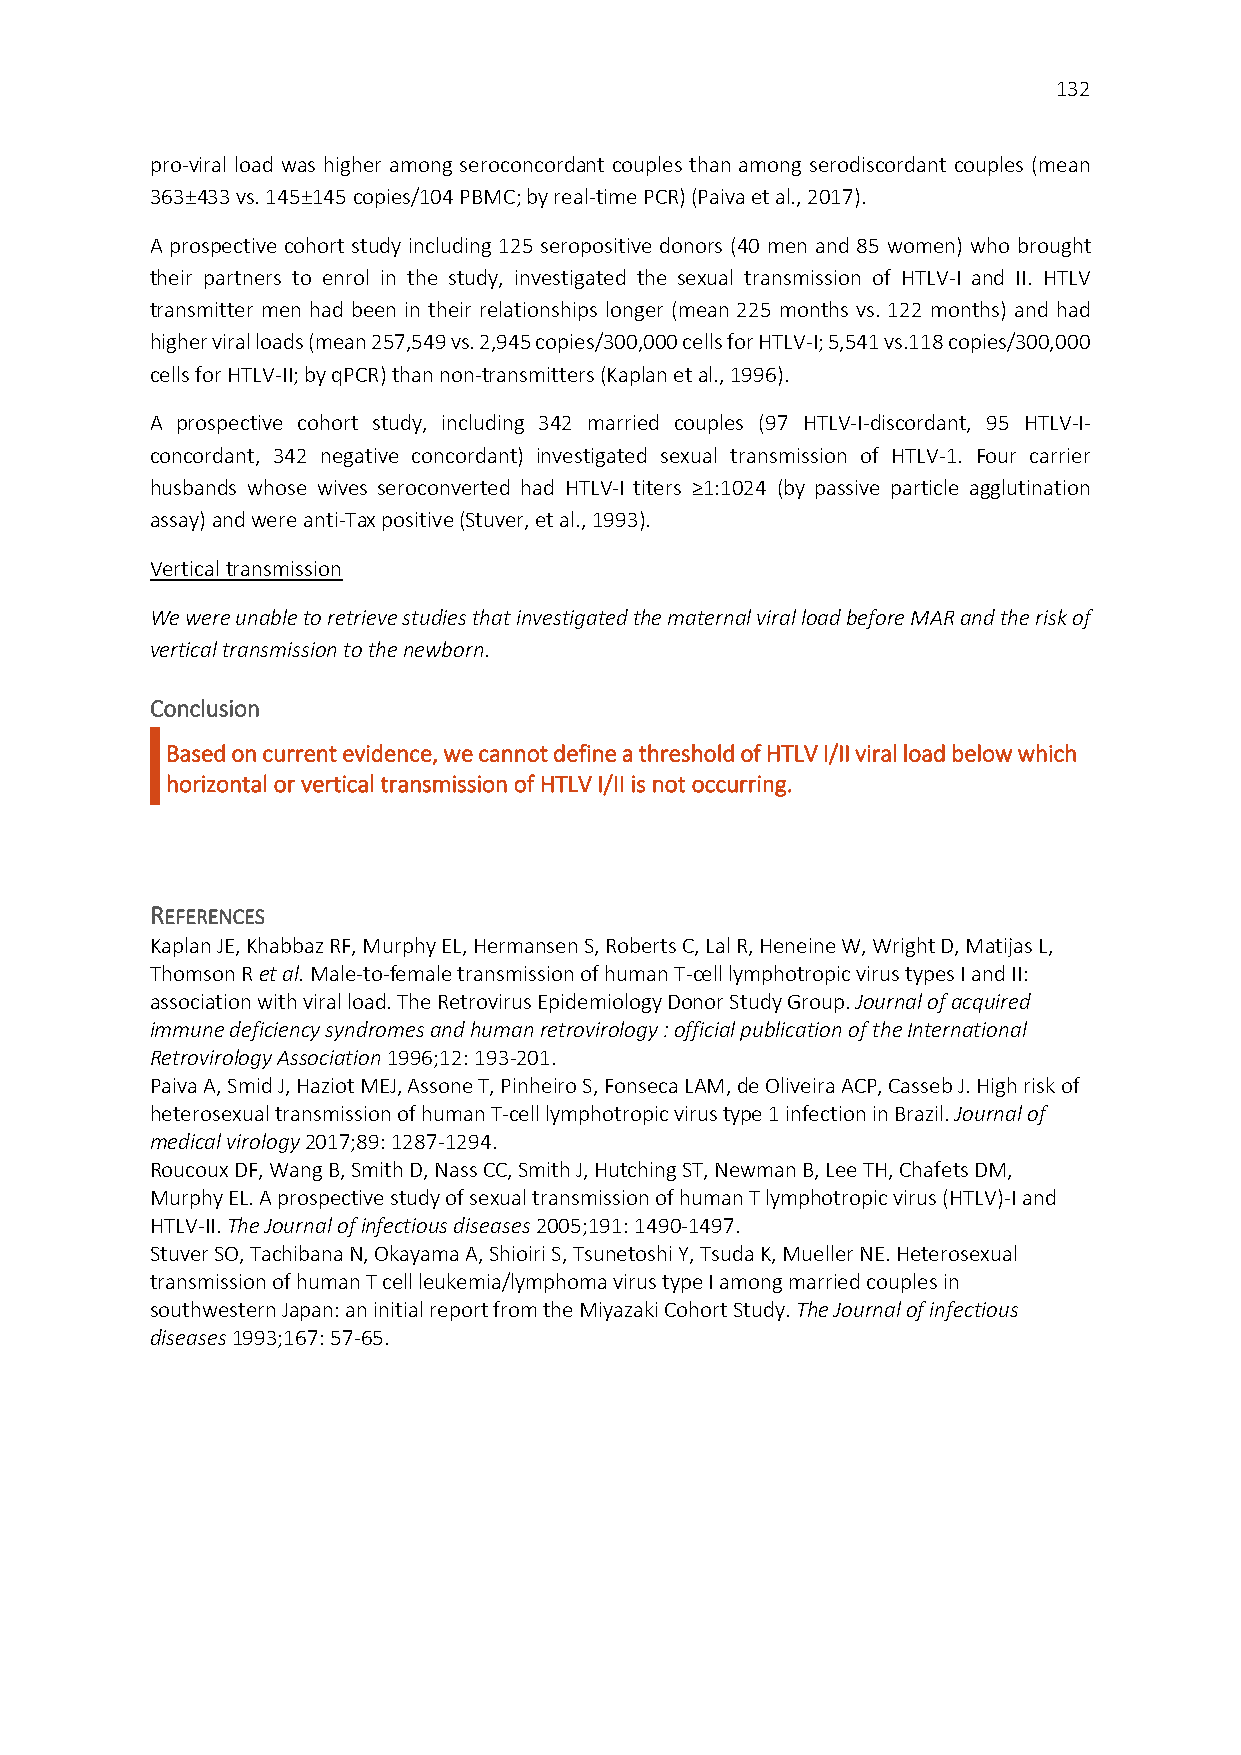
132
 pro-viral load was higher among seroconcordant couples than among serodiscordant couples (mean
 363±433 vs. 145±145 copies/104 PBMC; by real-time PCR) (Paiva et al., 2017).
 A prospective cohort study including 125 seropositive donors (40 men and 85 women) who brought
 their partners to enrol in the study, investigated the sexual transmission of HTLV-I and II. HTLV
 transmitter men had been in their relationships longer (mean 225 months vs. 122 months) and had
 higher viral loads (mean 257,549 vs. 2,945 copies/300,000 cells for HTLV-I; 5,541 vs.118 copies/300,000
 cells for HTLV-II; by qPCR) than non-transmitters (Kaplan et al., 1996).
 A prospective cohort study, including 342 married couples (97 HTLV-I-discordant, 95 HTLV-I-
 concordant, 342 negative concordant) investigated sexual transmission of HTLV-1. Four carrier
 husbands whose wives seroconverted had HTLV-I titers ≥1:1024 (by passive particle agglutination
 assay) and were anti-Tax positive (Stuver, et al., 1993).
 Vertical transmission
 We were unable to retrieve studies that investigated the maternal viral load before MAR and the risk of
 vertical transmission to the newborn.
 Conclusion
 Based on current evidence, we cannot define a threshold of HTLV I/II viral load below which
 horizontal or vertical transmission of HTLV I/II is not occurring.
 REFERENCES
 Kaplan JE, Khabbaz RF, Murphy EL, Hermansen S, Roberts C, Lal R, Heneine W, Wright D, Matijas L,
 Thomson R et al. Male-to-female transmission of human T-cell lymphotropic virus types I and II:
 association with viral load. The Retrovirus Epidemiology Donor Study Group. Journal of acquired
 immune deficiency syndromes and human retrovirology : official publication of the International
 Retrovirology Association 1996;12: 193-201.
 Paiva A, Smid J, Haziot MEJ, Assone T, Pinheiro S, Fonseca LAM, de Oliveira ACP, Casseb J. High risk of
 heterosexual transmission of human T-cell lymphotropic virus type 1 infection in Brazil. Journal of
 medical virology 2017;89: 1287-1294.
 Roucoux DF, Wang B, Smith D, Nass CC, Smith J, Hutching ST, Newman B, Lee TH, Chafets DM,
 Murphy EL. A prospective study of sexual transmission of human T lymphotropic virus (HTLV)-I and
 HTLV-II. The Journal of infectious diseases 2005;191: 1490-1497.
 Stuver SO, Tachibana N, Okayama A, Shioiri S, Tsunetoshi Y, Tsuda K, Mueller NE. Heterosexual
 transmission of human T cell leukemia/lymphoma virus type I among married couples in
 southwestern Japan: an initial report from the Miyazaki Cohort Study. The Journal of infectious
 diseases 1993;167: 57-65.